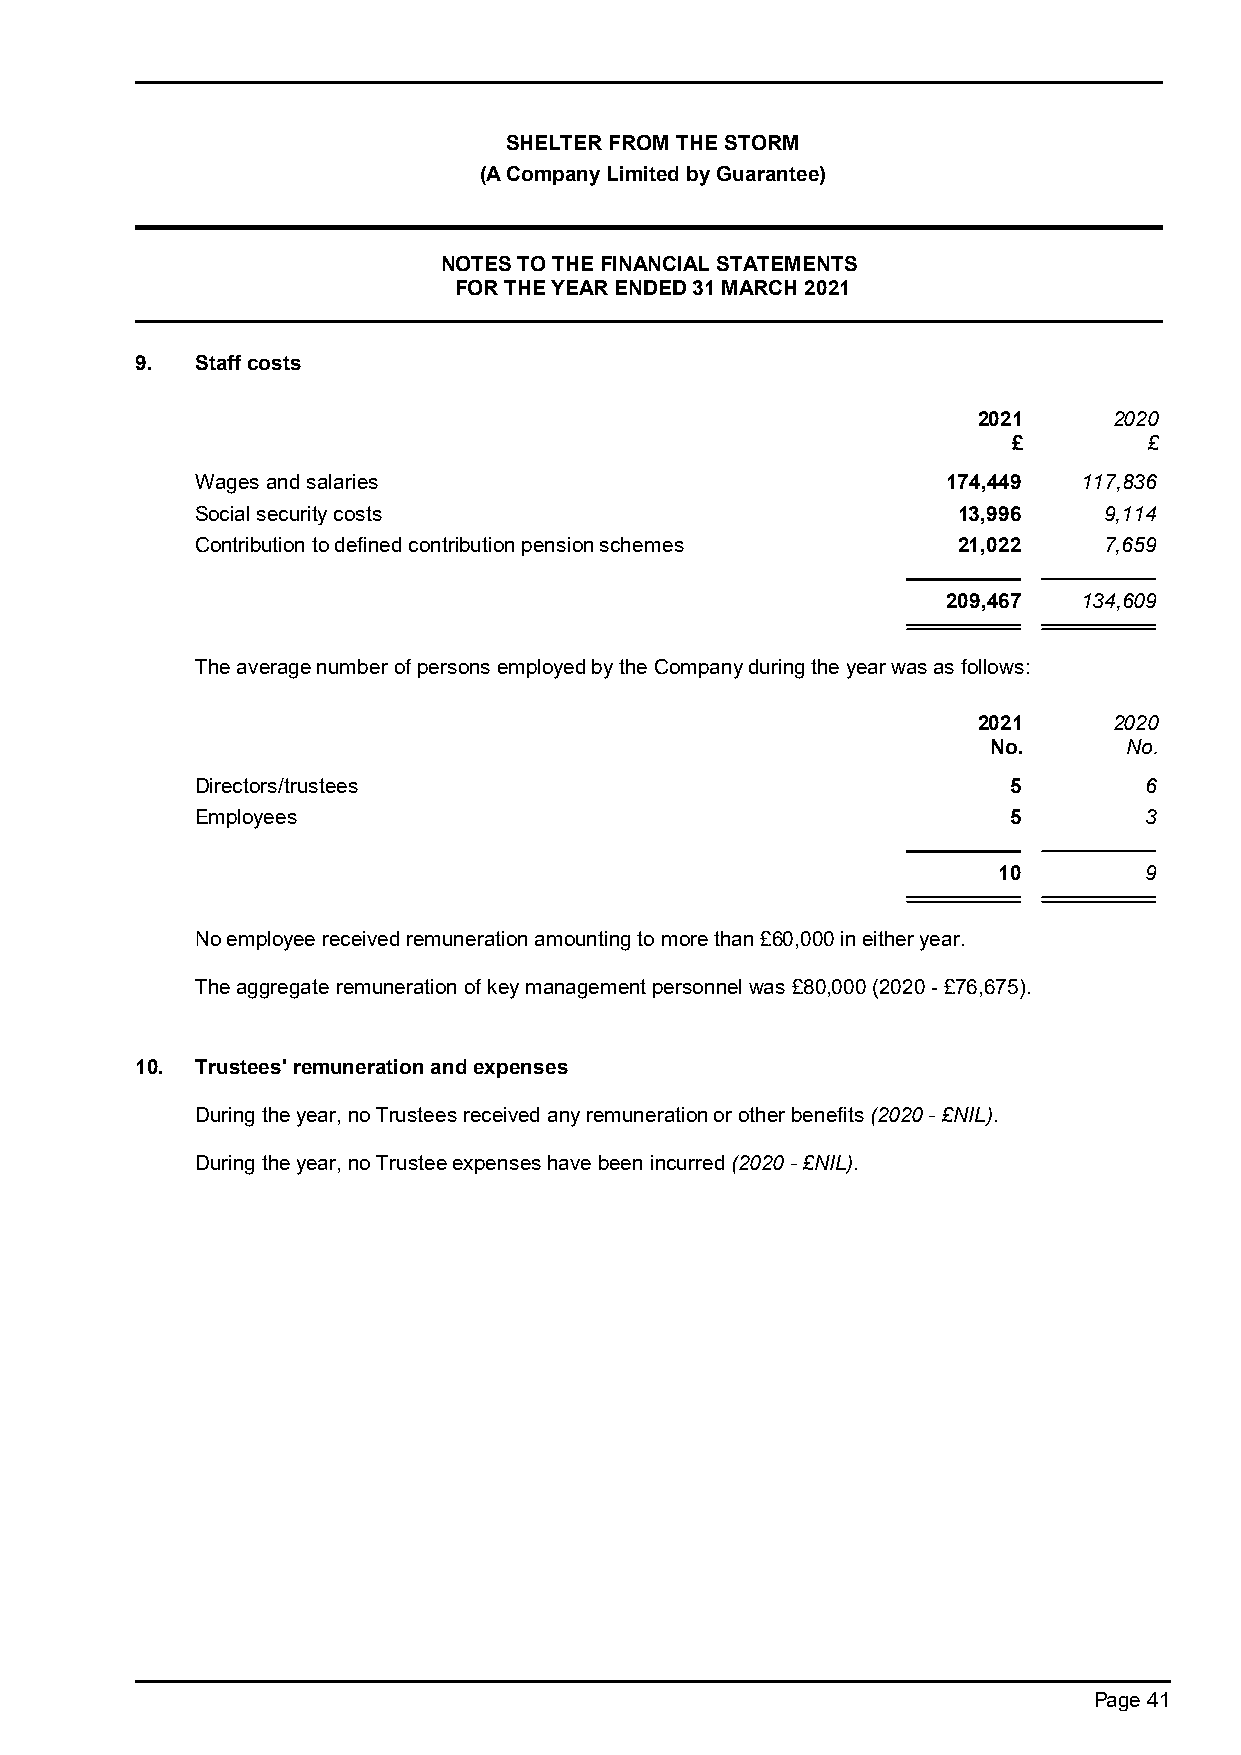
SHELTER FROM THE STORM
 (A Company Limited by Guarantee)
 NOTES TO THE FINANCIAL STATEMENTS
 FOR THE YEAR ENDED 31 MARCH 2021
 9.  Staff costs
 2021     2020
 £        £
 Wages and salaries                                174,449  117,836
 Social security costs                             13,996    9,114
 Contribution to defined contribution pension schemes 21,022 7,659
 209,467  134,609
 The average number of persons employed by the Company during the year was as follows:
 2021     2020
 No.      No.
 Directors/trustees                                    5        6
 Employees                                             5        3
 10        9
 No employee received remuneration amounting to more than £60,000 in either year.
 The aggregate remuneration of key management personnel was £80,000 (2020 - £76,675).
 10. Trustees' remuneration and expenses
 During the year, no Trustees received any remuneration or other benefits (2020 - £NIL).
 During the year, no Trustee expenses have been incurred (2020 - £NIL).
 Page 41